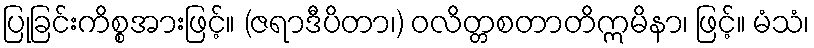
ပြုခြင်းကိစ္စအားဖြင့်။ (ဇရာဒီပိတာ၊) ဝလိတ္တစတာတိဣမိနာ၊ ဖြင့်။ မံသံ၊